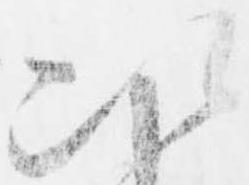
次